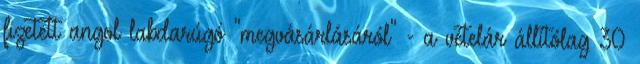
fizetett angol labdarúgó "megvásárlásáról" - a vételár állítólag 30